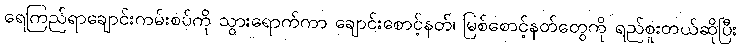
ရေကြည်ရာချောင်းကမ်းစပ်ကို သွားရောက်ကာ ချောင်းစောင့်နတ်၊ မြစ်စောင့်နတ်တွေကို ရည်စူးတယ်ဆိုပြီး